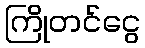
ကြိုတင်ငွေ